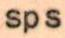
sps